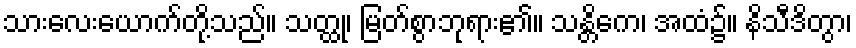
သားလေးယောက်တို့သည်။ သတ္ထု၊ မြတ်စွာဘုရား၏။ သန္တိကေ၊ အထံ၌။ နိသီဒိတွာ၊